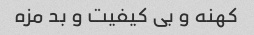
کهنه و بی کیفیت و بد مزه